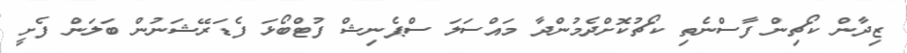
ޒިދާން ކޯޗިން ފާސްނެތި ކޯޗުކޮށްދެމުންދާ މައްސަލަ ސްޕެނިޝް ފުޓްބޯޅަ ފެޑަރޭޝަނުން ބަލަން ފެށީ